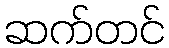
ဆက်တင်